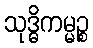
သုဒ္ဓိကမ္မဉ္စ